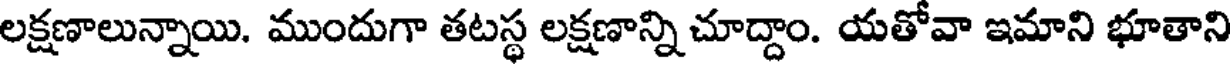
లక్షణాలున్నాయి. ముందుగా తటస్థ లక్షణాన్ని చూద్దాం. యతోవా ఇమాని భూతాని